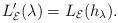
LaTeX: \begin{gather*}L_{\mathcal E}'(\lambda)=L_{\mathcal E}(h_\lambda).\end{gather*}